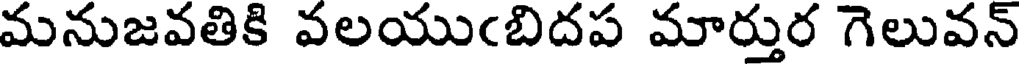
మనుజవతికి వలయుఁబిదప మార్తుర గెలువన్